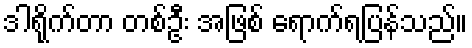
ဒါရိုက်တာ တစ်ဦး အဖြစ် ရောက်ရပြန်သည်။